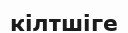
кілтшіге